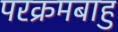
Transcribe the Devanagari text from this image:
परक्रमबाहु